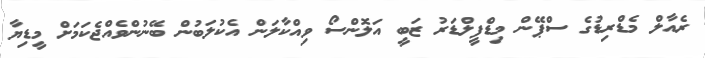
ރެއާލް މެޑްރިޑުގެ ސްޕޭން މިޑްފީލްޑަރު ޒަބީ އަލޮންސޯ ވިއްކާލަން އެކުލަބުން ބޭނުންވެއްޖެކަމަށް މީޑިޔާ